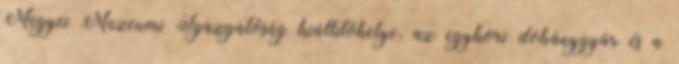
Megyei Múzeumi Igazgatóság kiállítóhelye, az egykori dohánygyár és a